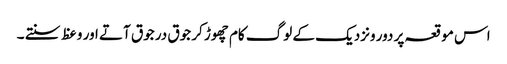
اس موقعہ پر دور ونزدیک کے لوگ کام چھوڑ کر جوق در جوق آتے اور وعظ سنتے ۔